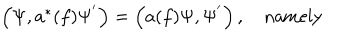
LaTeX: \begin{array} { c } { { \left( \Psi , a ^ { * } ( f ) \Psi ^ { ^ { \prime } } \right) = \left( a ( f ) \Psi , \Psi ^ { ^ { \prime } } \right) , \quad \mathrm { n a m e l y } } } \\ \end{array}